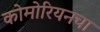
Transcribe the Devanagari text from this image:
कोमोरियनचा